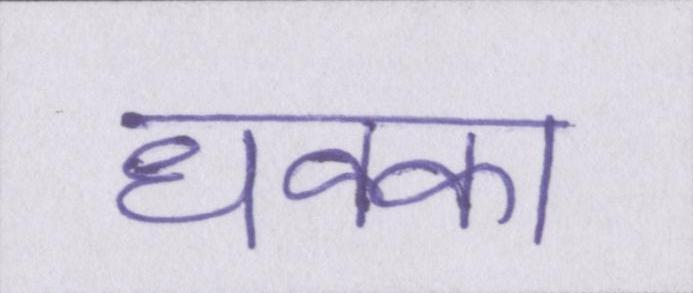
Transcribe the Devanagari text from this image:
धक्का